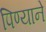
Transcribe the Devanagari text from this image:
पिण्याने